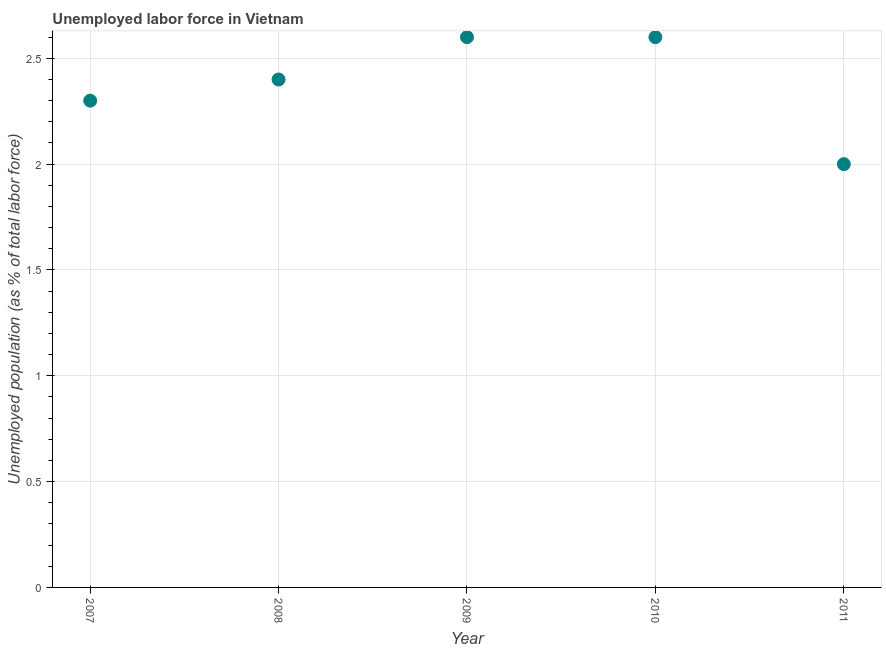
| Year | Unemployment |
 | --- | --- |
 | 2007 | 2.3 |
 | 2008 | 2.4 |
 | 2009 | 2.6 |
 | 2010 | 2.6 |
 | 2011 | 2 |